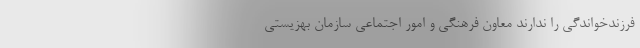
فرزندخواندگی را ندارند معاون فرهنگی و امور اجتماعی سازمان بهزیستی